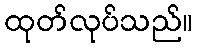
ထုတ်လုပ်သည်။